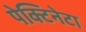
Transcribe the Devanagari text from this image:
पेक्टिनेटा